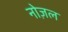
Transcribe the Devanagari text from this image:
नोज़ल